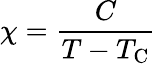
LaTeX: \chi={\frac{C}{T-T_{\mathrm{C}}}}